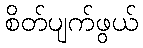
စိတ်ပျက်ဖွယ်